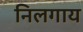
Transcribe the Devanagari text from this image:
निलगाय